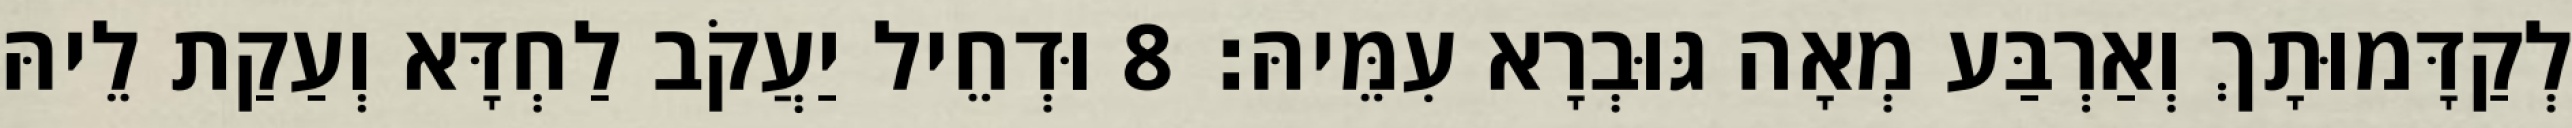
לְקַדָּמוּתָךְ וְאַרְבַּע מְאָה גּוּבְרָא עִמֵּיהּ׃ 8 וּדְחֵיל יַעֲקֹב לַחְדָּא וְעַקַת לֵיהּ